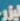
ليزر